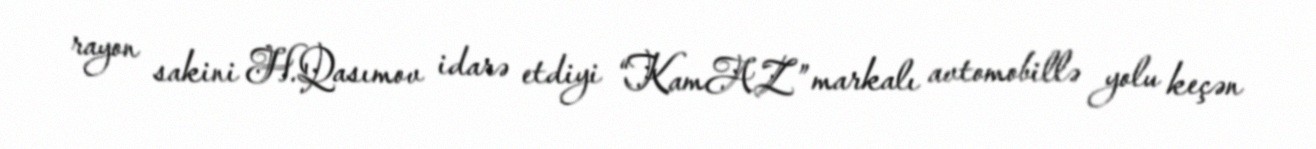
rayon sakini H.Qasımov idarə etdiyi “KamAZ” markalı avtomobillə yolu keçən